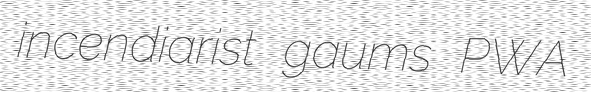
incendiarist gaums PWA